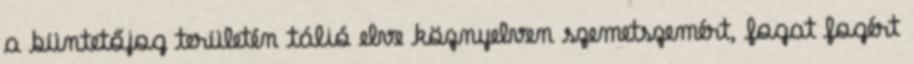
a büntetőjog területén tálió elve köznyelven szemetszemért, fogat fogért